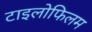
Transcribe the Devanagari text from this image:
टाइलोफिलम